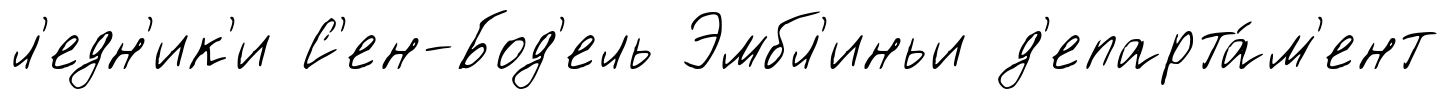
л'едн'ик'и С'ен-Бод'ель Эмбл'иньи д'епарта́м'ент